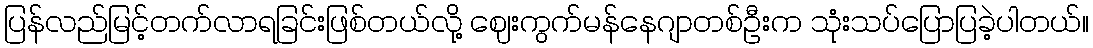
ပြန်လည်မြင့်တက်လာရခြင်းဖြစ်တယ်လို့ ဈေးကွက်မန်နေဂျာတစ်ဦးက သုံးသပ်ပြောပြခဲ့ပါတယ်။